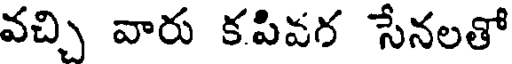
వచ్చి వారు కపివగ సేనలతో